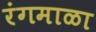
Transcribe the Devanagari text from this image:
रंगमाळा